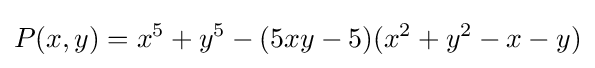
P(x,y)=x^{5}+y^{5}-(5xy-5)(x^{2}+y^{2}-x-y)